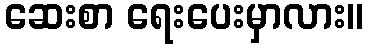
ဆေးစာ ရေးပေးမှာလား။